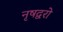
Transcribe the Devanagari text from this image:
नृषद्वरो